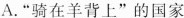
A.”骑在羊背上”的国家